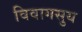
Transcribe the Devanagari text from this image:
विवागसुय